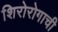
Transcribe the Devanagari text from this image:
शिरोरोगाची